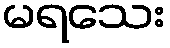
မရသေး